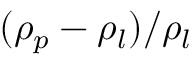
( \rho _ { p } - \rho _ { l } ) / \rho _ { l }